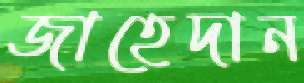
জাহেদান